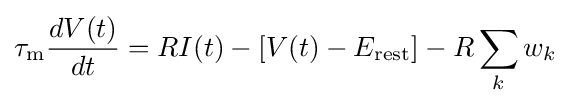
\tau _{\mathrm {m} }{\frac {dV(t)}{dt}}=RI(t)-[V(t)-E_{\mathrm {rest} }]-R\sum _{k}w_{k}